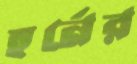
হর্নের